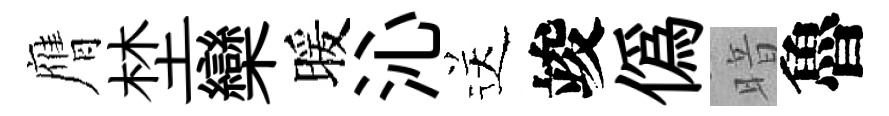
膺埜欒暖沁送竣僞暗魯